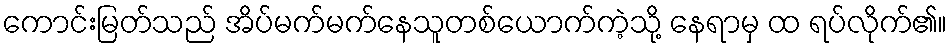
ကောင်းမြတ်သည် အိပ်မက်မက်နေသူတစ်ယောက်ကဲ့သို့ နေရာမှ ထ ရပ်လိုက်၏။